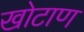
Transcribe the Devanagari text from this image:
खोटाण